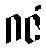
ဂဇံ